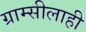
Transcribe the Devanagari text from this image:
ग्राम्सीलाही